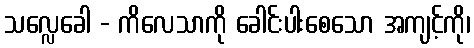
သလ္လေခေါ - ကိလေသာကို ခေါင်းပါးစေသော အကျင့်ကို၊